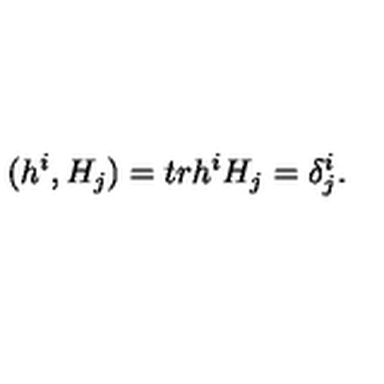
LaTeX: ( h ^ { i } , H _ { j } ) = t r h ^ { i } H _ { j } = \delta _ { j } ^ { i } .